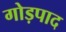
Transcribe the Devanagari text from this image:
गोड़पाद